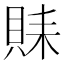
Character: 𲂮